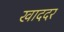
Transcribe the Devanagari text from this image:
खाददर